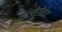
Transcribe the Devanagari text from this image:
चालीरीतींचा